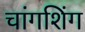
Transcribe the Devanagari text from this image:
चांगशिंग